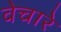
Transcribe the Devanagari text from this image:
वेचारे